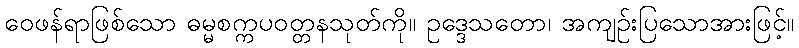
ဝေဖန်ရာဖြစ်သော ဓမ္မစက္ကပဝတ္တနသုတ်ကို။ ဥဒ္ဒေသတော၊ အကျဉ်းပြသောအားဖြင့်။